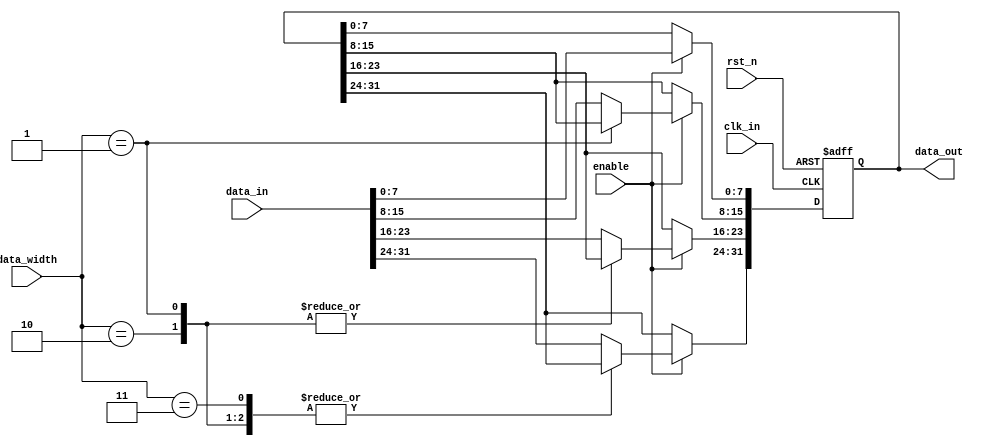
module variable_width_bypass_register (
    input wire clk_in,
    input wire rst_n,
    input wire enable,
    input wire [31:0] data_in,
    input wire [2:0] data_width,
    output reg [31:0] data_out
);

reg [31:0] internal_data;

always @(posedge clk_in or negedge rst_n) begin
    if (!rst_n) begin
        internal_data <= 0;
    end else if (enable) begin
        case(data_width)
            3'b000: internal_data <= data_in;
            3'b001: internal_data[7:0] <= data_in[7:0];
            3'b010: internal_data[15:0] <= data_in[15:0];
            3'b011: internal_data[23:0] <= data_in[23:0];
            3'b100: internal_data[31:0] <= data_in[31:0];
            default: internal_data <= data_in;
        endcase
    end
end

assign data_out = internal_data;

endmodule